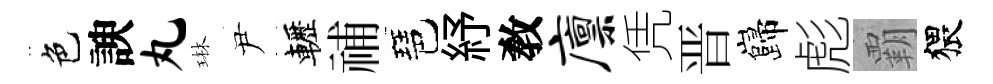
色諛丸琳尹轣𥙷琶紓敎廪凭晋巋彪覇猥